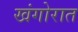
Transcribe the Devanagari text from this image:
खंगोरात